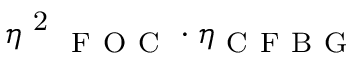
\eta \textsuperscript { 2 } _ { \mathrm { ~ F ~ O ~ C ~ } } \cdot \eta _ { \mathrm { ~ C ~ F ~ B ~ G ~ } }